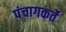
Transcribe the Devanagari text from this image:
पंचागकर्ते